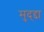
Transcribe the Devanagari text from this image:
मुद्द्दा